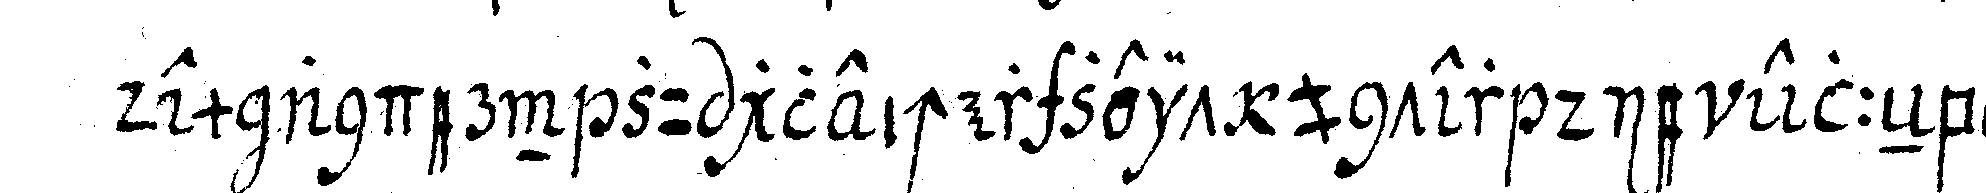
dem andern zu gleicher zeit unter die elleNbogeN